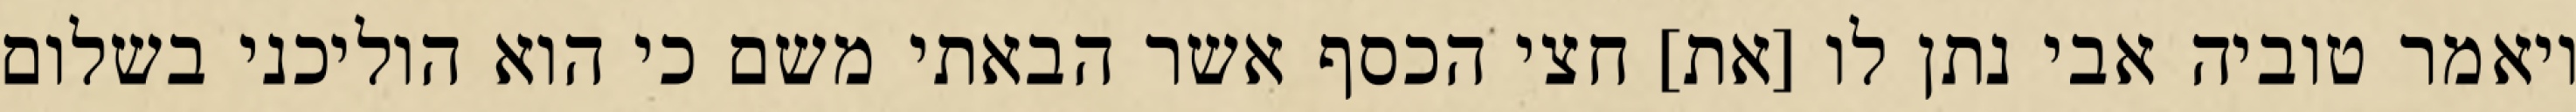
ויאמר טוביה אבי נתן לו [את] חצי הכסף אשר הבאתי משם כי הוא הוליכני בשלום